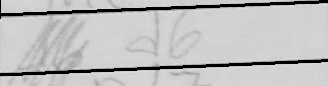
Transcription: d6